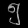
Digit: ၅